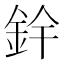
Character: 𮡰